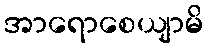
အာရောစေယျာမိ